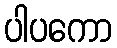
ပါပကော